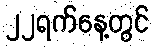
၂၂ရက်နေ့တွင်